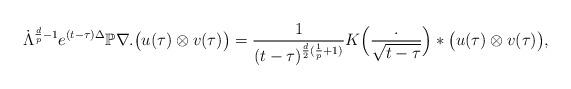
LaTeX: \begin{gather*}\dot{\Lambda}^{\frac{d}{p}-1}e^{(t - \tau)\Delta}\mathbb{P}\nabla .\big(u(\tau) \otimes v(\tau)\big) =\frac{1}{(t - \tau)^{\frac{d}{2}(\frac{1}{p}+1)}}K\Big(\frac{.}{\sqrt{t - \tau}}\Big)*\big(u(\tau) \otimes v(\tau)\big),\end{gather*}